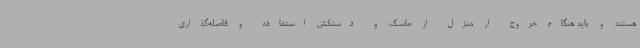
هستند و باید هنگام خروج از منزل از ماسک و دستکش استفاده و فاصله‌گذاری